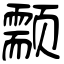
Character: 颥